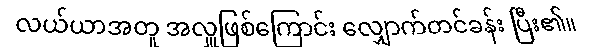
လယ်ယာအတူ အလှူဖြစ်ကြောင်း လျှောက်တင်ခန်း ပြီး၏။